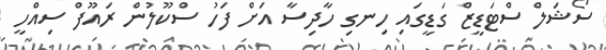
ސޯޝަލް ސްޓަޑީޒް ގަޑީގައި ހިނގި ހާދިސާ އަށް ފަހު ސްކޫލުން ރައޫފް ސިއްހީ